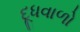
દૂધવાળો